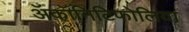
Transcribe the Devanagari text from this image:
ॲकॉनिटिफोलिया